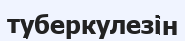
туберкулезін